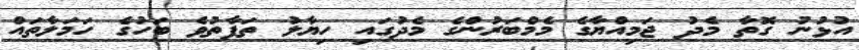
އުޅުނު ގޮތާ މެދު ޖަމިއްޔާގެ މެމްބަރުންގެ މެދުގައި ހިޔާލު ތަފާތުވެ ބަހުގެ ހަމަލާތައް